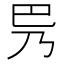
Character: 𫶵